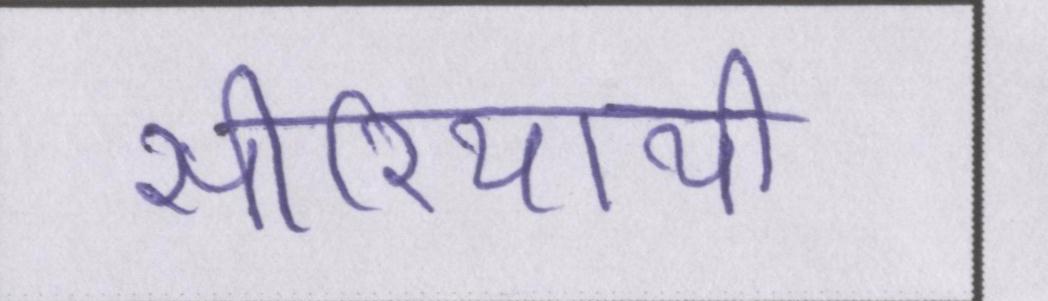
सीरियायी